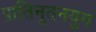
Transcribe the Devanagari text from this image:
प्रातिनूतनयुग